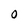
Character: O